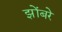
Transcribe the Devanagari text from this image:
झोंबरे